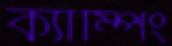
ক্যাম্পিং